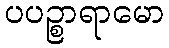
ပပဉ္စာရာမော